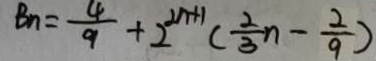
B n = \frac { 4 } { 9 } + 2 ^ { 2 n + 1 } ( \frac { 2 } { 3 } n - \frac { 2 } { 9 } )